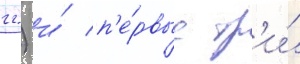
гг.) и́ п'е́рвые тр'и́